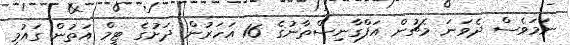
ނަމަވެސް ދެވަނަ މެޗުން އަފްގާނިސްތާނުގެ 16 އަހަރުން ދަށުގެ ޓީމް އަތުން ގައުމީ